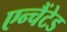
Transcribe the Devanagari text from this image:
एन्चैंटेड